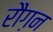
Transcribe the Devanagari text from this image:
रौग़न